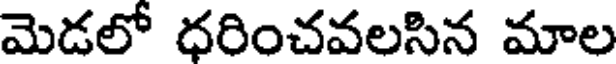
మెడలో ధరించవలసిన మాల